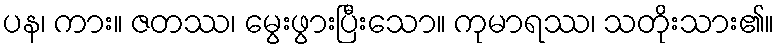
ပန၊ ကား။ ဇတဿ၊ မွေးဖွားပြီးသော။ ကုမာရဿ၊ သတိုးသား၏။